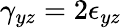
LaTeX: \gamma_{yz}=2\epsilon_{yz}